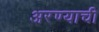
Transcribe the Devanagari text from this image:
अरण्याची